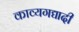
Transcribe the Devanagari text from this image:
काव्यगद्यादी